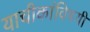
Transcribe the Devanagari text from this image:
याचीकांविषयी